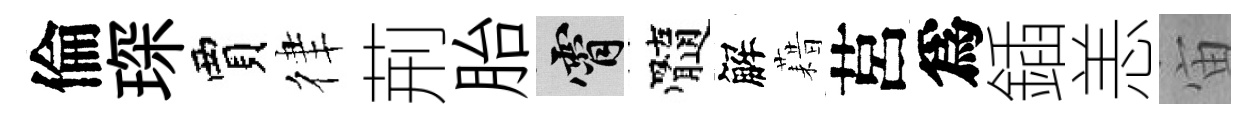
倫琛賈律荊胎霄髓解藉莒爲鍤恙宙